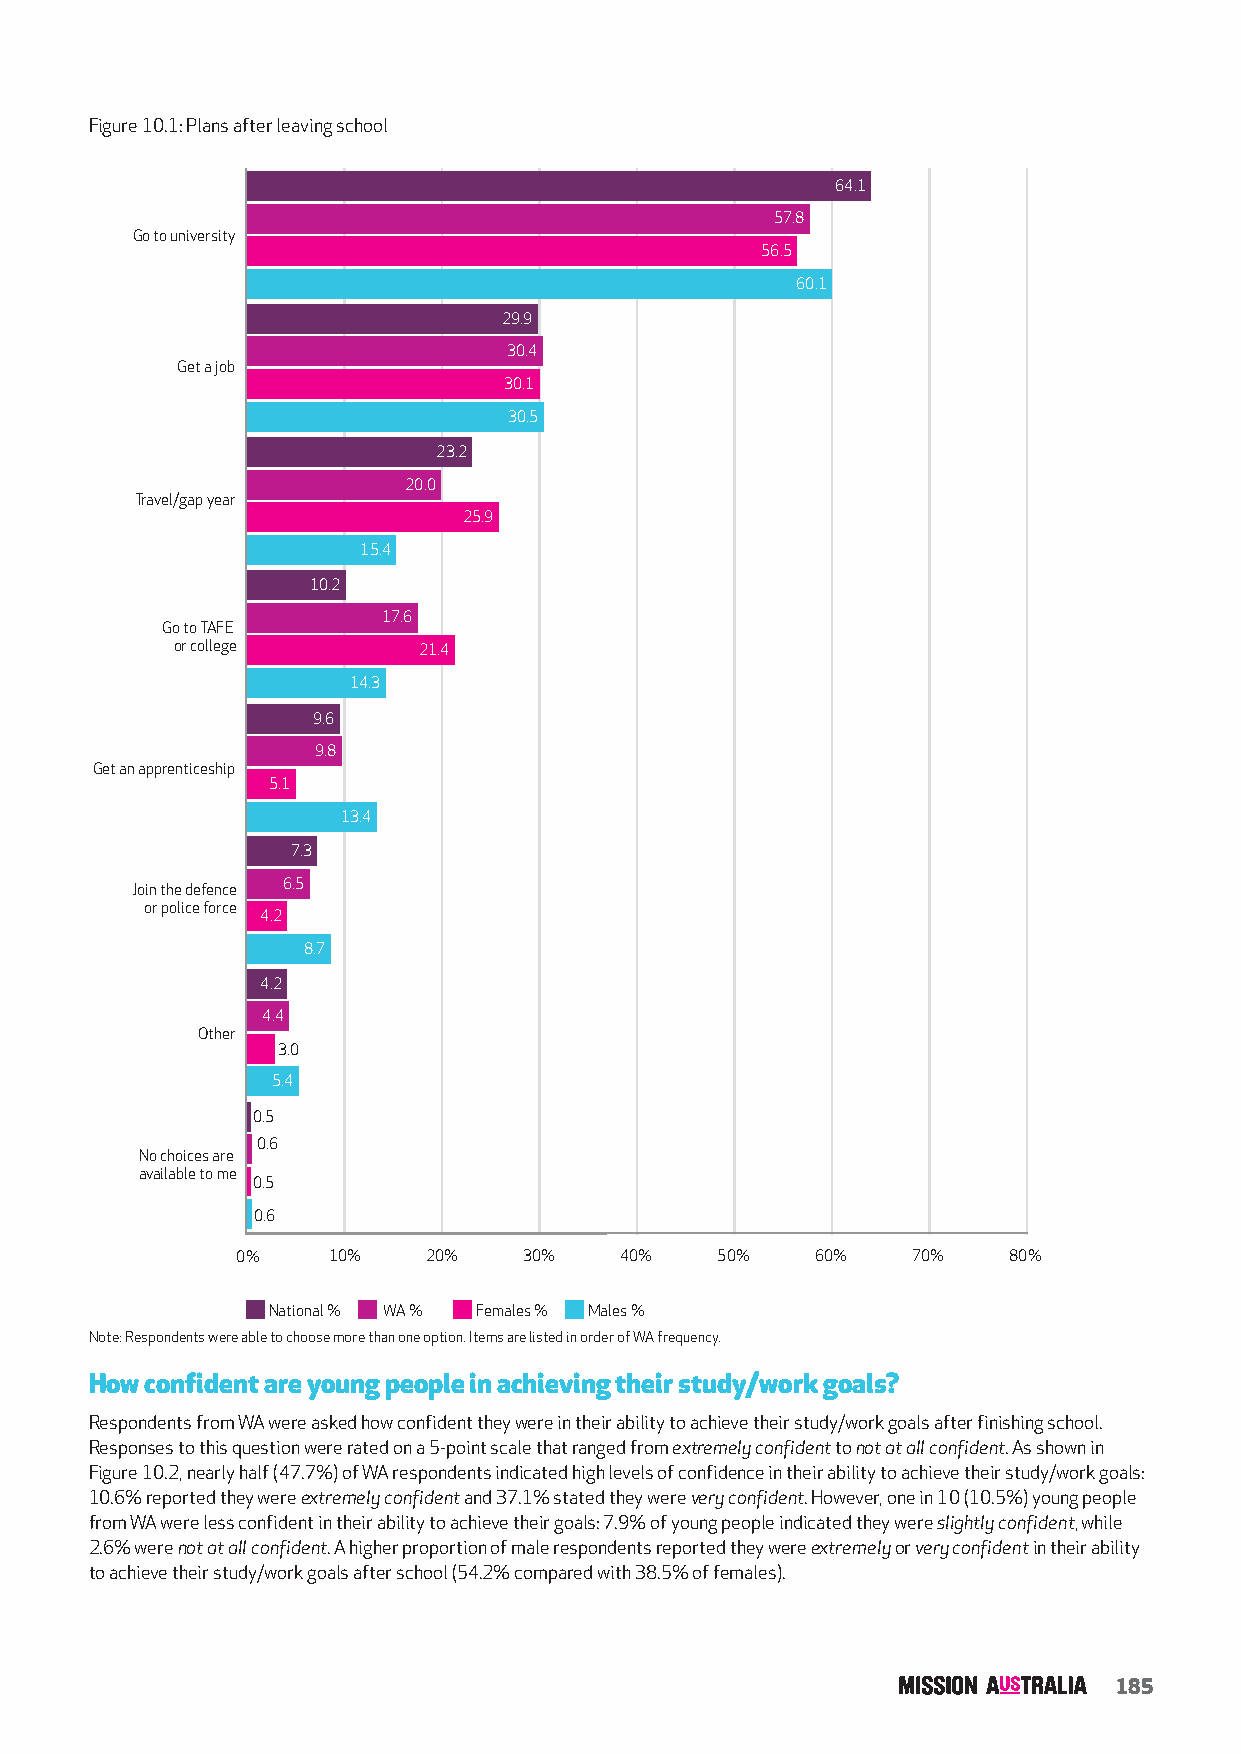
Figure 10.1: Plans after leaving school
 64.1
 57.8
 Go to university
 56.5
 60.1
 29.9
 30.4
 Get a job
 30.1
 30.5
 23.2
 20.0
 Travel/gap year
 25.9
 15.4
 10.2
 17.6
 Go to TAFE
 or college      21.4
 14.3
 9.6
 9.8
 Get an apprenticeship
 5.1
 13.4
 7.3
 Join the defence 6.5
 or police force
 4.2
 8.7
 3.6  4.2
 4.4
 Other
 3.0
 5.4
 0.5
 0.6
 No choices are
 available to me
 0.5
 0.6
 0%    10%   20%    30%   40%   50%    60%   70%    80%
 National % WA % Females % Males %
 Note: Respondents were able to choose more than one option. Items are listed in order of WA frequency.
 How confident are young people in achieving their study/work goals?
 Respondents from WA were asked how confident they were in their ability to achieve their study/work goals after finishing school.
 Responses to this question were rated on a 5-point scale that ranged from extremely confident to not at all confident. As shown in
 Figure 10.2, nearly half (47.7%) of WA respondents indicated high levels of confidence in their ability to achieve their study/work goals:
 10.6% reported they were extremely confident and 37.1% stated they were very confident. However, one in 10 (10.5%) young people
 from WA were less confident in their ability to achieve their goals: 7.9% of young people indicated they were slightly confident, while
 2.6% were not at all confident. A higher proportion of male respondents reported they were extremely or very confident in their ability
 to achieve their study/work goals after school (54.2% compared with 38.5% of females).
 185